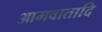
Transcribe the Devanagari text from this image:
आमवातादि